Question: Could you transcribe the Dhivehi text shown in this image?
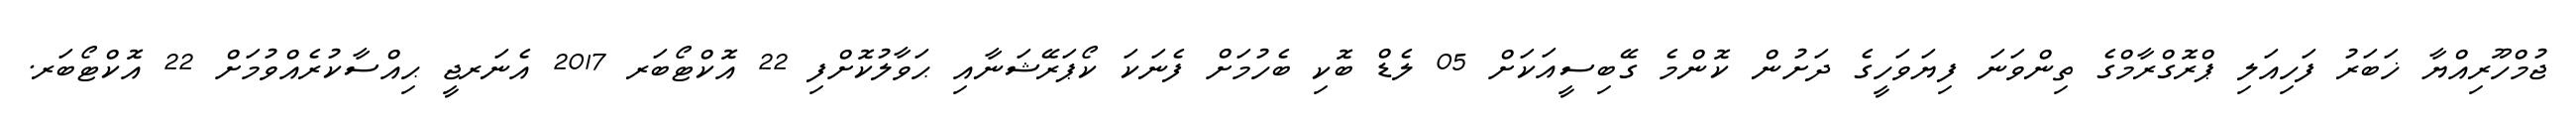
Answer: ޖުމްހޫރިއްޔާ ޚަބަރު ފަހިއަލި ޕްރޮގްރާމްގެ ތިންވަނަ ފިޔަވަހީގެ ދަށުން ކޮންމެ ގޭބިސީއަކަށް 05 ލެޑް ބޮކި ބެހުމަށް ފެނަކަ ކޯޕަރޭޝަނާއި ޙަވާލުކޮށްފި 22 އޮކްޓޯބަރ 2017 އެނަރޖީ ޙިއްސާކުރެއްވުމަށް 22 އޮކްޓޯބަރ.